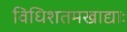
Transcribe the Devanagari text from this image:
विधिशतमखाद्याः